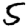
Digit: 5